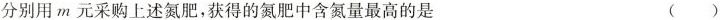
分别用m元采购上述氮肥，获得的氮肥中含氮量最高的是 ( )